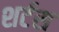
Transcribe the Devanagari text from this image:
शर्टस